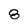
Character: 8